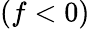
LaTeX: (f<0)